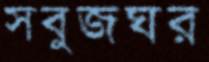
সবুজঘর